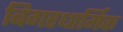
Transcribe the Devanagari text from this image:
बिगरधार्मिक